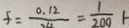
f = \frac { 0 . 1 2 } { 2 4 } = \frac { 1 } { 2 0 0 }